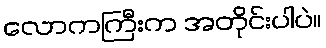
လောကကြီးက အတိုင်းပါပဲ။